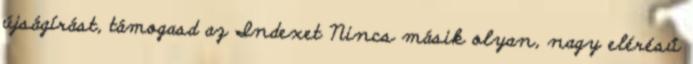
újságírást, támogasd az Indexet Nincs másik olyan, nagy elérésű